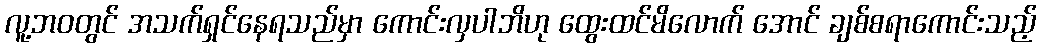
လူ့ဘဝတွင် အသက်ရှင်နေရသည်မှာ ကောင်းလှပါဘိဟု ထွေးထင်မိလောက် အောင် ချစ်စရာကောင်းသည့်